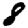
Digit: 8